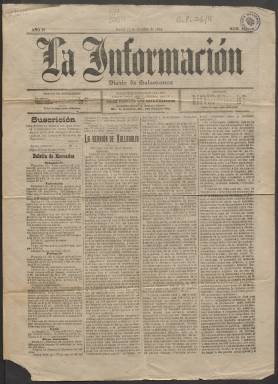
Título: La Información (Salamanca)
Colección: Periódicos
Ámbito geográfico: Salamanca
Lugar de publicación: Salamanca
Fechas: 17/10/1895-17/10/1895